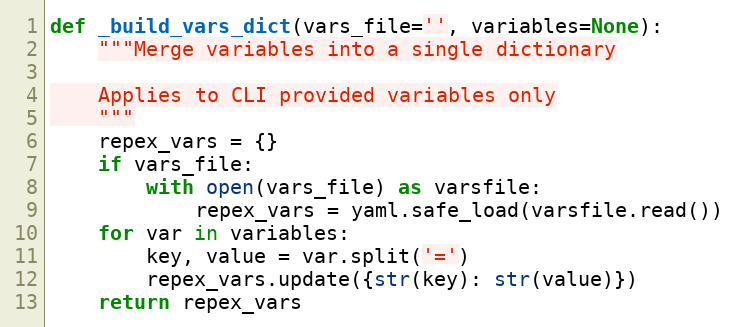
Language: Python
def _build_vars_dict(vars_file='', variables=None):
    """Merge variables into a single dictionary

    Applies to CLI provided variables only
    """
    repex_vars = {}
    if vars_file:
        with open(vars_file) as varsfile:
            repex_vars = yaml.safe_load(varsfile.read())
    for var in variables:
        key, value = var.split('=')
        repex_vars.update({str(key): str(value)})
    return repex_vars